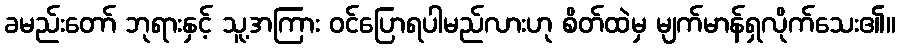
ခမည်းတော် ဘုရားနှင့် သူ့အကြား ဝင်ပြောရပါမည်လားဟု စိတ်ထဲမှ မျက်မာန်ရှလိုက်သေး၏။